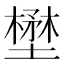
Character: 壄